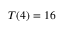
T ( 4 ) = 1 6